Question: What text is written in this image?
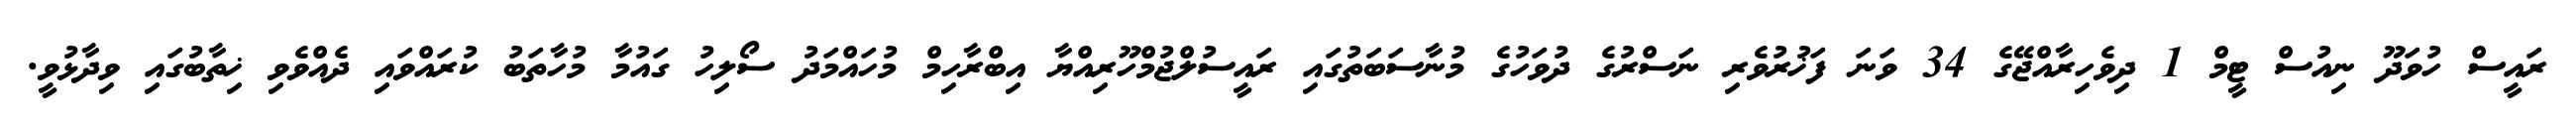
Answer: ރައީސް ހުވަދޫ ނިއުސް ޓީމް 1 ދިވެހިރާއްޖޭގެ 34 ވަނަ ފަޚުރުވެރި ނަސްރުގެ ދުވަހުގެ މުނާސަބަތުގައި ރައީސުލްޖުމްހޫރިއްޔާ އިބްރާހިމް މުހައްމަދު ސޯލިހު ގައުމާ މުހާތަބު ކުރައްވައި ދެއްވެވި ޚިތާބުގައި ވިދާޅުވީ.